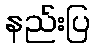
နည်းပြ